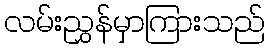
လမ်းညွှန်မှာကြားသည်